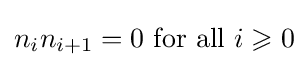
n_{i}n_{i+1}=0{\text{ for all }}i\geqslant 0